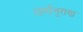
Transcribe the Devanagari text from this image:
धर्मानुराण